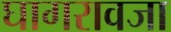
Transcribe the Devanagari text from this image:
घागरावजा